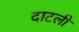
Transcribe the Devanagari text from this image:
दाटली